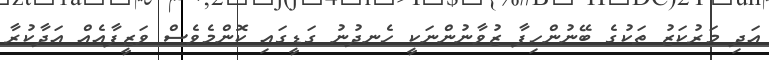
އަދި މަރުކަޒު ތަކުގެ ބޭނުންހިފާ ޒުވާނުންނަކީ ހެނދުނު ގަޑީގައި ކޮންމެވެސް ވަޒީފާއެއް އަދާކުރާ